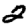
Digit: 2